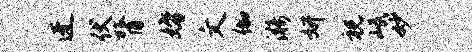
迓伏膂婚文伽漪妍祝岷妙